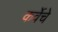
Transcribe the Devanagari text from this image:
कर्वेचे